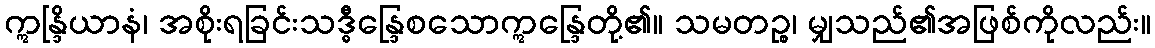
ဣန္ဒြိယာနံ၊ အစိုးရခြင်းသဒ္ဓီန္ဒြေစသောဣန္ဒြေတို့၏။ သမတဉ္စ၊ မျှသည်၏အဖြစ်ကိုလည်း။